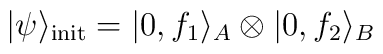
|\psi\rangle_{\rm init}= |0,f_1\rangle_A\otimes |0,f_2\rangle_B